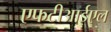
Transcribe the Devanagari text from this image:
एफटीआईएल